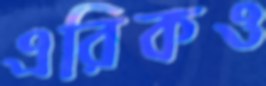
এরিকও